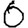
Digit: 6